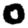
Digit: 0